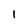
Character: 1